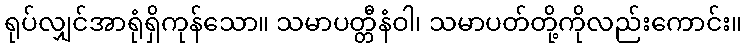
ရုပ်လျှင်အာရုံရှိကုန်သော။ သမာပတ္တီနံဝါ၊ သမာပတ်တို့ကိုလည်းကောင်း။